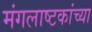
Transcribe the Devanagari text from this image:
मंगलाष्टकांच्या